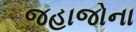
જહાજોના